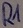
Text: R1